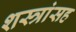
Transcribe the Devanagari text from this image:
शस्त्रांसह